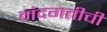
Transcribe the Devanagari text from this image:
मंदगतीची